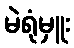
မဲရုံမှူး